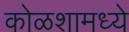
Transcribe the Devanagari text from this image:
कोळशामध्ये